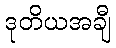
ဒုတိယအချီ